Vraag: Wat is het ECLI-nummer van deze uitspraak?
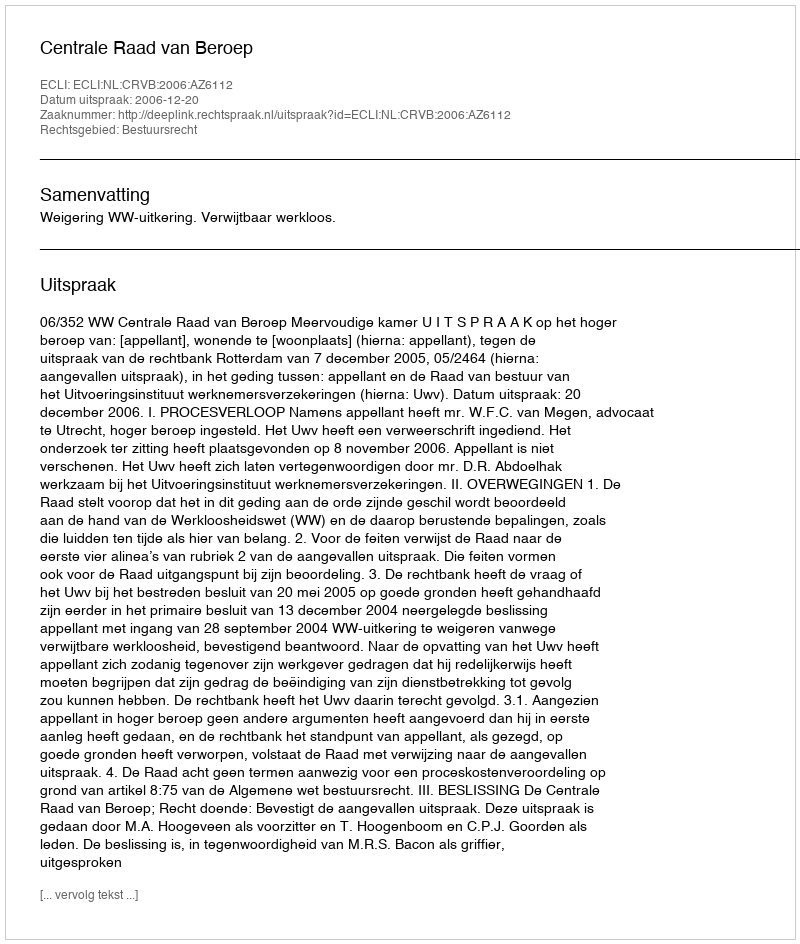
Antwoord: ECLI:NL:CRVB:2006:AZ6112